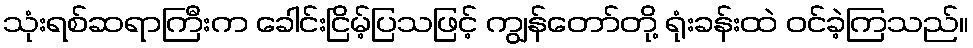
သုံးရစ်ဆရာကြီးက ခေါင်းငြိမ့်ပြသဖြင့် ကျွန်တော်တို့ ရုံးခန်းထဲ ဝင်ခဲ့ကြသည်။